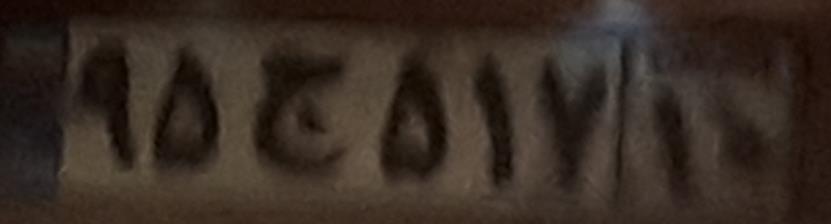
۹۵ج۵۱۷۱۰